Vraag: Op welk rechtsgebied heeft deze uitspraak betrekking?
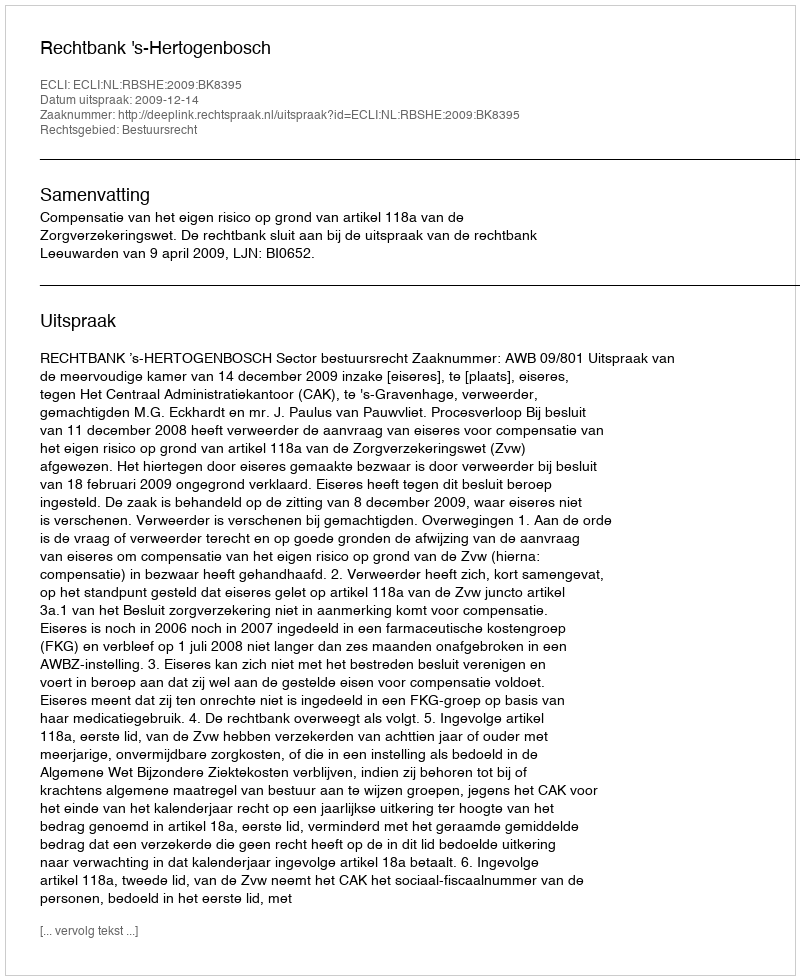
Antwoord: Bestuursrecht